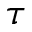
\tau